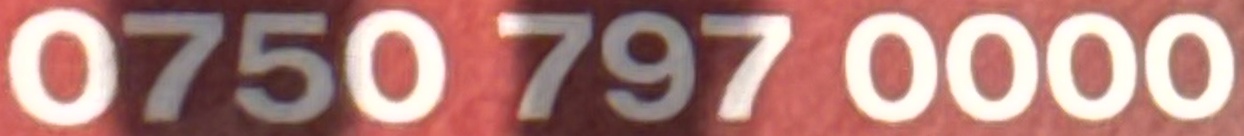
0750 797 0000